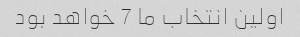
اولین انتخاب ما 7 خواهد بود